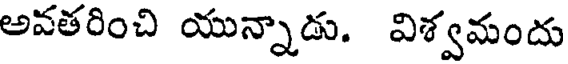
అవతరించి యున్నాడు. విశ్వమందు